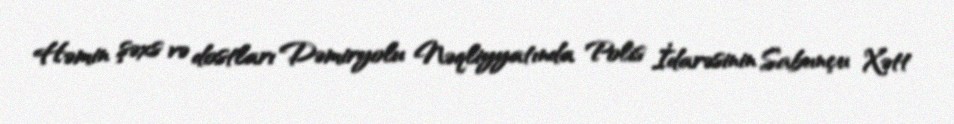
Həmin şəxs və dostları Dəmiryolu Nəqliyyatında Polis İdarəsinin Sabunçu Xətt